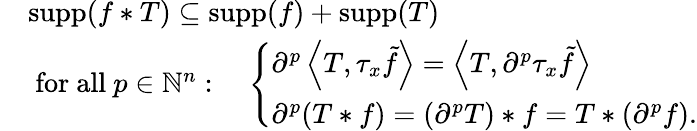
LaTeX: {\begin{array}{rl}&{\operatorname{supp}(f\ast T)\subseteq\operatorname{supp}(f)+\operatorname{supp}(T)}\\ &{{\mathrm{~for~all~}}p\in\mathbb{N}^{n}:\quad{\left\{ \begin{array}{ll}{\partial^{p}\left\langle T,\tau_{x}{\tilde{f}}\right\rangle=\left\langle T,\partial^{p}\tau_{x}{\tilde{f}}\right\rangle}\\ {\partial^{p}(T\ast f)=(\partial^{p}T)\ast f=T\ast(\partial^{p}f).}\end{array}\right.}}\end{array}}